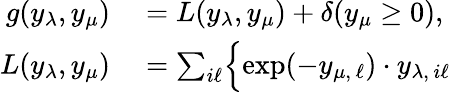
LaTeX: \begin{array}{rl}{g(y_{\lambda},y_{\mu})}&{{}=L(y_{\lambda},y_{\mu})+\delta(y_{\mu}\ge 0),}\\ {L(y_{\lambda},y_{\mu})}&{{}=\sum_{i\ell}\Bigl\{ \exp(-y_{\mu,\, \ell})\cdot y_{\lambda,\, i\ell}\Bigr.}\end{array}